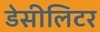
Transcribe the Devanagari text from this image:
डेसीलिटर